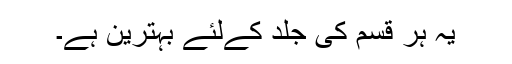
یہ ہر قسم کی جلد کےلئے بہترین ہے۔